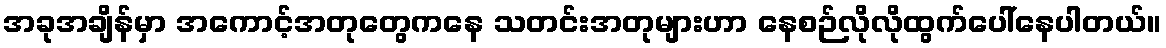
အခုအချိန်မှာ အကောင့်အတုတွေကနေ သတင်းအတုများဟာ နေစဉ်လိုလိုထွက်ပေါ်နေပါတယ်။